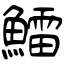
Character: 鱩